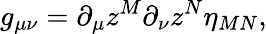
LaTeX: g_{\mu\nu}=\partial_{\mu}z^{M}\partial_{\nu}z^{N}\eta_{MN},